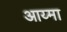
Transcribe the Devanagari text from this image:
आय्मा